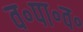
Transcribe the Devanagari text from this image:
व॰पा॰व॰